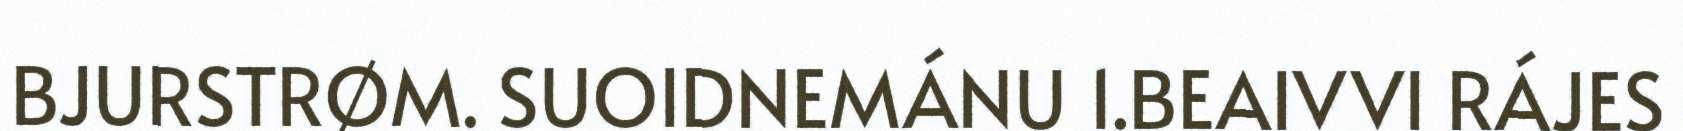
BJURSTRØM. SUOIDNEMÁNU 1.BEAIVVI RÁJES